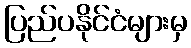
ပြည်ပနိုင်ငံများမှ